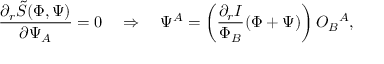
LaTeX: \frac { \partial _ { r } \tilde { \cal S } ( \Phi , \Psi ) } { \partial \Psi _ { A } } = 0 \quad \Rightarrow \quad \Psi ^ { A } = \left( \frac { \partial _ { r } I } { \Phi _ { B } } ( \Phi + \Psi ) \right) { \cal O } _ { B } { } ^ { A } ,